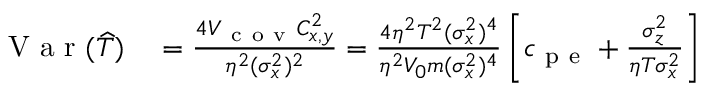
\begin{array} { r l } { \mathrm { ~ V ~ a ~ r ~ } ( \widehat { T } ) } & { { } = \frac { 4 V _ { \mathrm { ~ c ~ o ~ v ~ } } C _ { x , y } ^ { 2 } } { \eta ^ { 2 } ( \sigma _ { x } ^ { 2 } ) ^ { 2 } } = \frac { 4 \eta ^ { 2 } T ^ { 2 } ( \sigma _ { x } ^ { 2 } ) ^ { 4 } } { \eta ^ { 2 } V _ { 0 } m ( \sigma _ { x } ^ { 2 } ) ^ { 4 } } \left[ c _ { \mathrm { ~ p ~ e ~ } } + \frac { \sigma _ { z } ^ { 2 } } { \eta T \sigma _ { x } ^ { 2 } } \right] } \end{array}